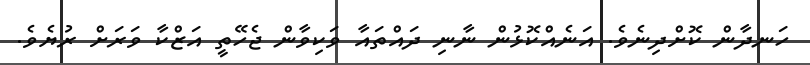
ހަނދާން ކޮށްދިނެވެ. އަނެއްކޮޅުން ނާނި ދައްތައާ ވަކިވާން ޖެހޭތީ އަޒްކާ ވަރަށް ރުޔެވެ.